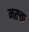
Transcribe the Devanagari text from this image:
मरुता